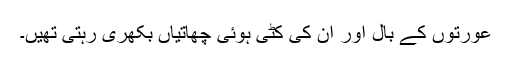
عورتوں کے بال اور ان کی کٹی ہوئی چھاتیاں بکھری رہتی تھیں۔